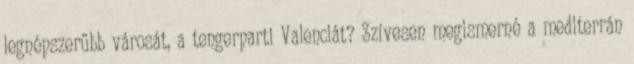
legnépszerűbb városát, a tengerparti Valenciát? Szívesen megismerné a mediterrán